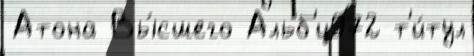
Атона Вы́сшего Альб'и972 т'и́тул